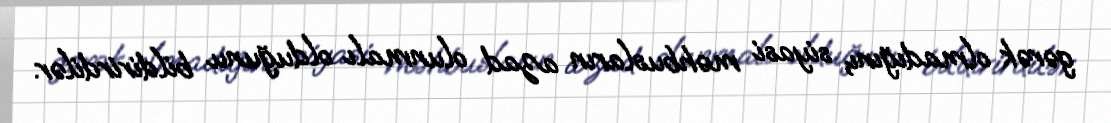
gərək olmadığını, siyasi məhbusların azad olunmalı olduğunu bildirirdilər.